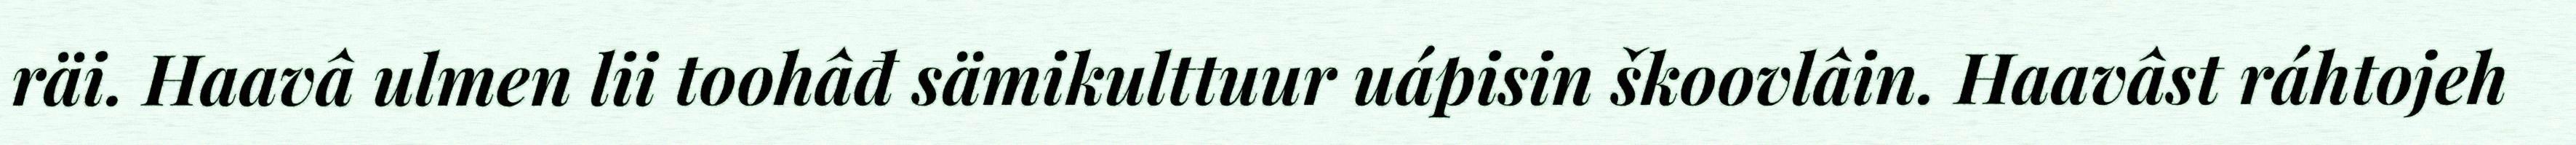
räi. Haavâ ulmen lii toohâđ sämikulttuur uápisin škoovlâin. Haavâst ráhtojeh